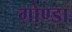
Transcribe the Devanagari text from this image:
गोण्‍डा